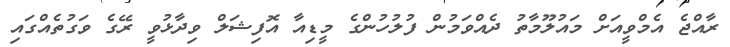
ރާއްޖެ އެމްވީއަށް މައުލޫމާތު ދެއްވަމުން ފުލުހުންގެ މީޑިއާ އޮފިޝަލް ވިދާޅުވީ ރޭގެ ވަގުތެއްގައި